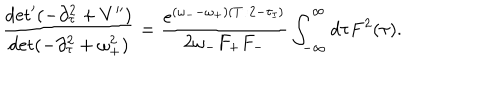
\frac { \det ^ { \prime } ( - \partial _ { \tau } ^ { 2 } + V ^ { \prime \prime } ) } { \det ( - \partial _ { \tau } ^ { 2 } + \omega _ { + } ^ { 2 } ) } = \frac { e ^ { ( \omega _ { - } - \omega _ { + } ) ( T / 2 - \tau _ { I } ) } } { 2 \omega _ { - } F _ { + } F _ { - } } \int _ { - \infty } ^ { \infty } d \tau F ^ { 2 } ( \tau ) .